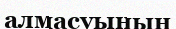
алмасуының